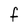
Character: f